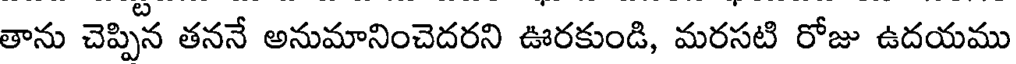
తాను చెప్పిన తననే అనుమానించెదరని ఊరకుండి, మరసటి రోజు ఉదయము